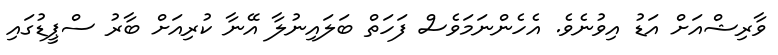
ވާރިޝްއަށް އަޑު އިވުނެވެ. އެހެންނަމަވެސް ފަހަތް ބަލައިނުލާ އޭނާ ކުރިއަށް ބާރު ސްޕީޑުގައި